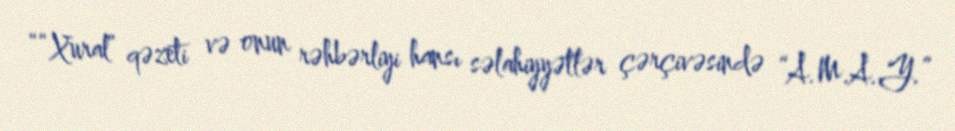
““Xural” qəzeti və onun rəhbərliyi hansı səlahiyyətlər çərçivəsində “A.M.A.Y.”